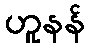
ဟူနန်